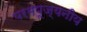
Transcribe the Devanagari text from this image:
परमपूज्‍यनीय